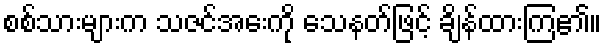
စစ်သားများက သဇင်အေးကို သေနတ်ဖြင့် ချိန်ထားကြ၏။